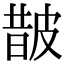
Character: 皵